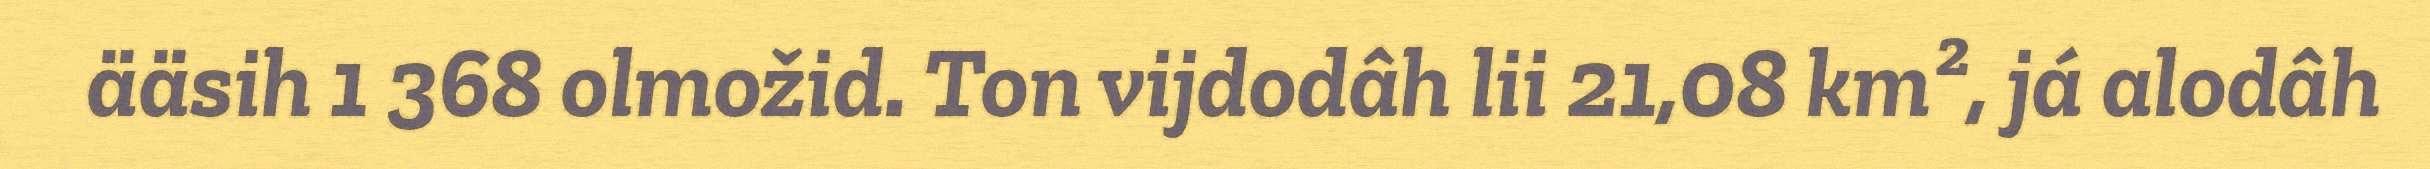
ääsih 1 368 olmožid. Ton vijdodâh lii 21,08 km², já alodâh